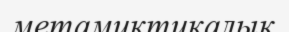
метамиктикалық